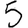
Digit: 5